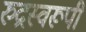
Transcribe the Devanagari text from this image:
रुद्रस्वरूपी